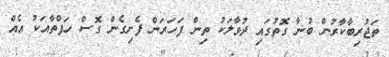
ތަޖުރިބާކާރުން ބުނާ ގޮތުގައި ދުވާލަކު ތިން ފަހަރަން ފެށިގެން ގޮސް ހަފްތާއަކު އެއް